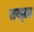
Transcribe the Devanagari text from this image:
तख्‍ता